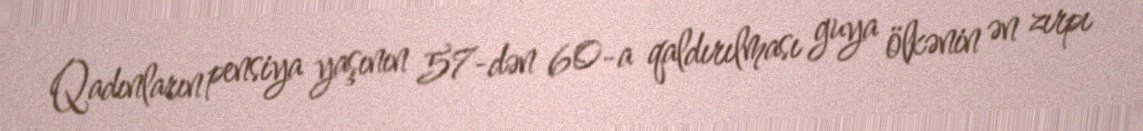
Qadınların pensiya yaşının 57-dən 60-a qaldırılması guya ölkənin ən zırpı